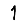
Digit: 1